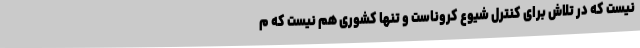
نیست که در تلاش برای کنترل شیوع کروناست و تنها کشوری هم نیست که م